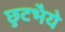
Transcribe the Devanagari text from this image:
छुटभैये